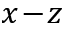
x \! - \! z